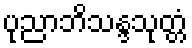
ပုညာဘိသန္ဒသုတ္တံ